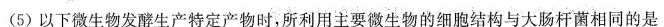
(5)以下微生物发酵生产特定产物时，所利用主要微生物的细胞结构与大肠杆菌相同的是